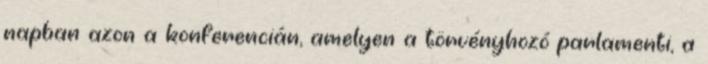
napban azon a konferencián, amelyen a törvényhozó parlamenti, a